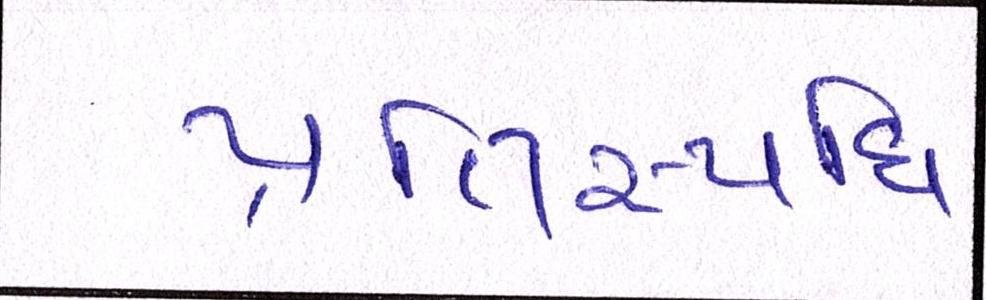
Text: પ્રતિસ્પધિ